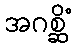
အဂစ္ဆိံ